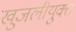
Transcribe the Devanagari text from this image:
खुजलीयुक्त